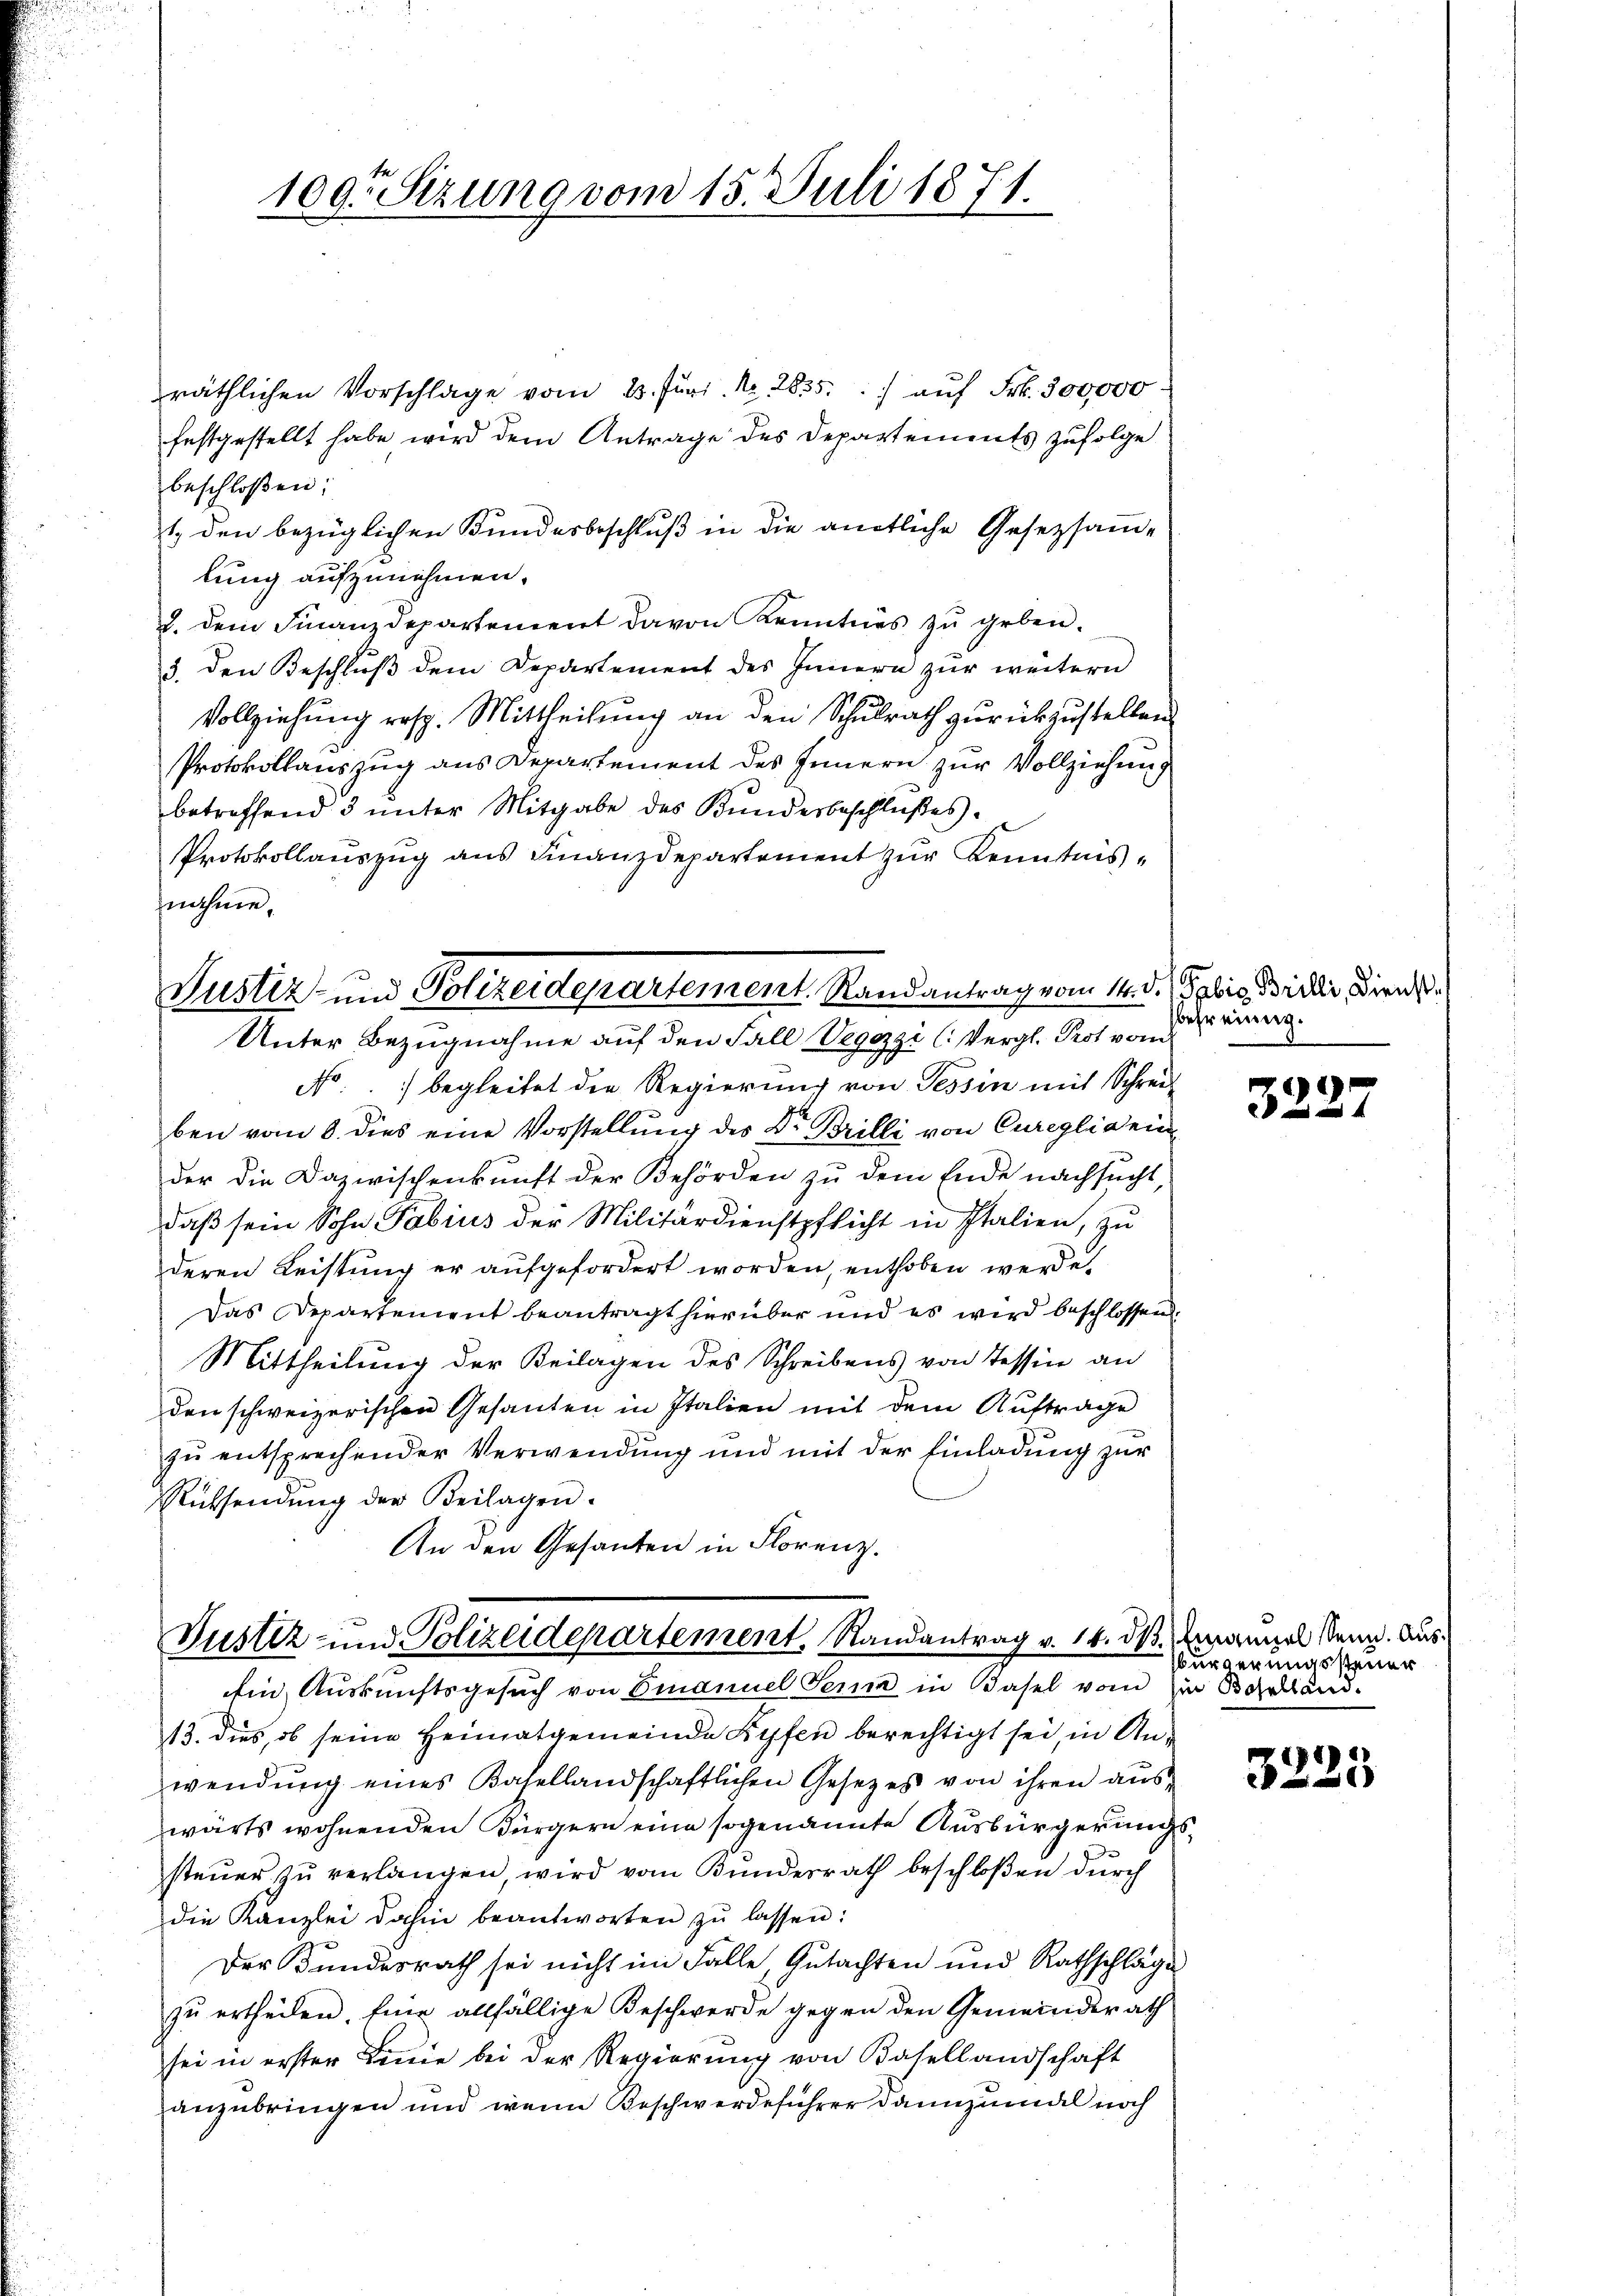
100. Sizung vom 15. Juli 1871.

räthlichen Vorschlage vom 23. Jŭni Nr. 2635. auf Frk. 300,000
festgestellt habe wird dem Antrage des Departements zufolge
beschloßen:
t. den bezüglichen Bundesbeschluß in die amtliche Gesetztande
lung aufzunehmen.
2. dem Finanzdepartement davon Kenntnis zu geben.
3. den Beschluß dem Departement des Innern zur weitern
Vollziehung resp. Mittheilung an den Schulrath zurückzustellen.
Protokollauszug aus Departement des Innern zur Vollziehung
betreffend 3 ŭnter Mitgabe des Kundesbeschlußes.
Protokollaŭszŭg ans Finanzdepartement zŭr Kenntnis-
nahme.

Justiz- und Polizeidepartement Randantrag vom 14. d. Pobis Billi, Diens
Unter Bezugnahme auf den Fall Vegezzi (Vergl. Prot vom

No.) begleitet die Regierung von Tessin mit Schrei
ben vom 8. dies eine Vorstellung des Dr. Brilli von Cureglia ein
der die Dazwischenkunft der Behörden zu dem Ende nachsucht,
daß sein Sohn Pabius der Militärdienstpflicht in Italien, zu
deren Leistung er aufgefordert worden, enthoben werde,
Das Departement beantragt hierüber und es wird beschlossen.
Mittheilung der Beilagen des Schreibens von Tessin an
den schweizerischen Gesanden in Italien mit dem Auftrage
zu entsprechender Verwendung und mit der Einladung zur
Rücksendŭng der Beilagen.
An den Gesanten in Florenz.

Justiz- und Polizeidepartement, Randantrag v. 14. ds. manuel kann. Aus
Ein Auskunftsgesuch von Emanuel Senn in Basel vom Ein Baselland.

befreiung.

13. dies, ob seine Heimatgemeinde Kyfen berechtigt sei, in Anwendŭng eines Basellandschaftlichen Gesetzes von ihren aŭs-
wärts wohnenden Bürgern eine sogenannte Ausbürgerungssteŭer zŭ verlangen, wird vom Bundesrath beschloßen dŭrch
die Kanzlei dahin beantworten zŭ lassen:
Der Bundesrath sei nicht im Falle, Gutachten und Rathschläge
zu ertheilen. Eine allfällige Beschwerde gegen den Gemeinderath
sei in erster Linie bei der Regierŭng von Basellandschaft
anzubringen und wenn Beschwerdeführer dannzumal noch

3227

bürgerungssteuer

3225